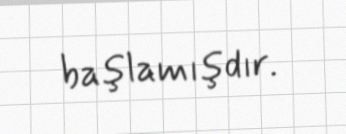
başlamışdır.